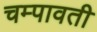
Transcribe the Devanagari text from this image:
चम्पावती